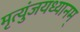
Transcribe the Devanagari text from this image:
मृत्युंजयध्यानम्‌